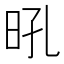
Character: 𭥛